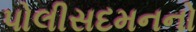
પોલીસદમનનો